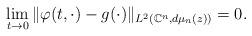
LaTeX: \begin{align*}\lim\limits_{t\to 0} \Vert \varphi(t,\cdot)-g(\cdot)\Vert_{L^2(\mathbb{C}^n,d\mu_n(z))}=0.\end{align*}